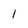
Character: 1